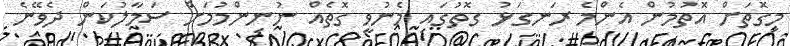
މިގޮތަށް އޮތުމުން އެންމެ ރަނގަޅު ގޮތުގައި މެނުވީ ގޮތެއް ނުނިންމުމަށް ސަމާލުކަން ދެވޭނެ